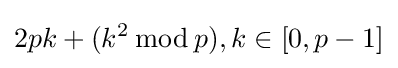
2pk+(k^{2}\,{\bmod {\,}}p),k\in [0,p-1]